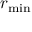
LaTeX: r _ { \mathrm { m i n } }